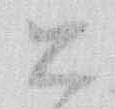
公